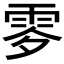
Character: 𩂙